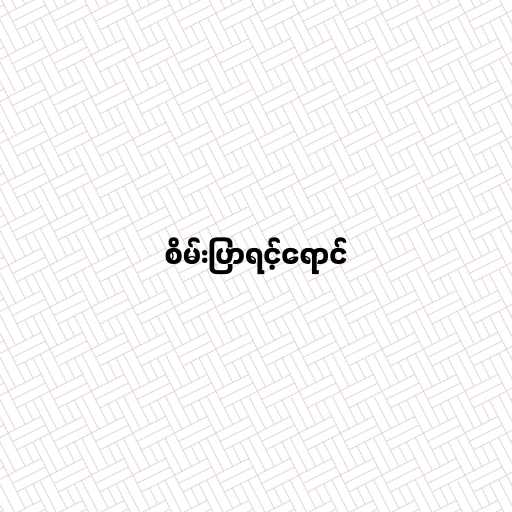
စိမ်းပြာရင့်ရောင်